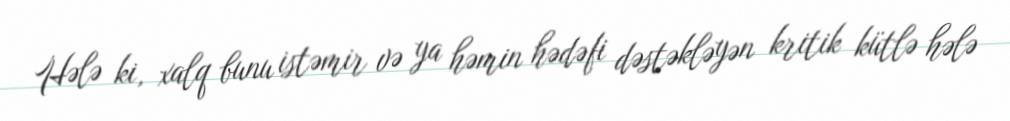
Hələ ki, xalq bunu istəmir və ya həmin hədəfi dəstəkləyən kritik kütlə hələ